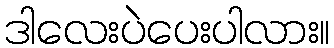
ဒါလေးပဲပေးပါလား။